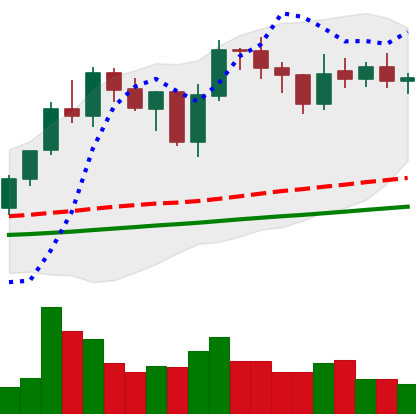
Ticker: LINK-USD
Chart end date: 2021-02-01
Forward return: 9.675%
Label: up_7plus